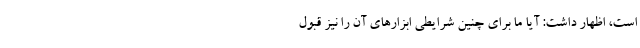
است، اظهار داشت: آیا ما برای چنین شرایطی ابزارهای آن را نیز قبول